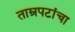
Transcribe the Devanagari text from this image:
ताम्रपटांचा